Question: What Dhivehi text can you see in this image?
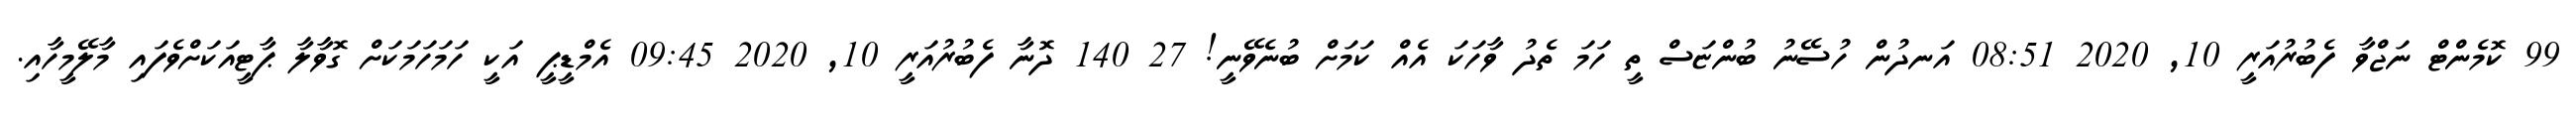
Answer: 99 ކޮމެންޓް ނަޖްވާ ފެބުރުއަރީ 10, 2020 08:51 އަނދުން ހުސޭނު ބުންޏަސް ތީ ހަމަ ތެދު ވާހަކަ އެއް ކަމަށް ބުނެވޭނީ! 27 140 ދޮނާ ފެބުރުއަރީ 10, 2020 09:45 އެމްޑީޕީ އަކީ ހަމަހަމަކަށް ގޮވާލާ ޕާޓީއަކަށްވެފައި މާލޭމީހާއި.